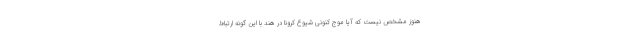
هنوز مشخص نیست که آیا موج کنونی شیوع کرونا در هند با این گونه ارتباط